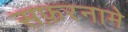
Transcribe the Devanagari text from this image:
सफ़रनामे